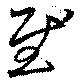
慰